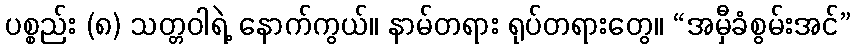
ပစ္စည်း (၈) သတ္တဝါရဲ့ နောက်ကွယ်။ နာမ်တရား ရုပ်တရားတွေ။ “အမှီခံစွမ်းအင်”